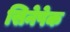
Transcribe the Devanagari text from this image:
सिनेपेक